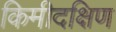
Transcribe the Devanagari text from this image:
किमीदक्षिण